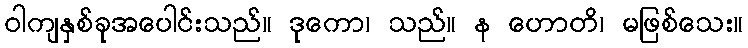
ဝါကျနှစ်ခုအပေါင်းသည်။ ဒုကော၊ သည်။ န ဟောတိ၊ မဖြစ်သေး။